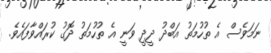
ނަމަވެސް އެ ތުހުމަތު އަބްދު ދީދީ ވަނީ އެ ތުހުމަތު ދޮގު ކުރައްވާފައެވެ.